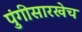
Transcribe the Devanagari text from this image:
पुंगीसारखेच